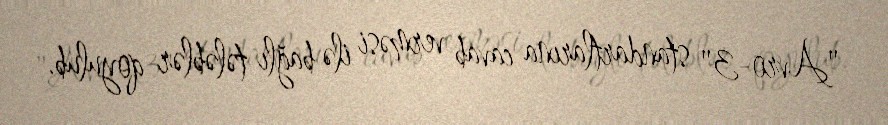
"Avro-3" standartlarına cavab verməsi ilə bağlı tələblər qoyulub.